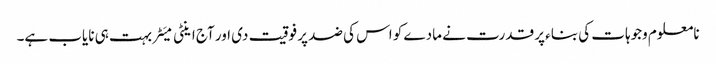
نامعلوم وجوہات کی بناء پر قدرت نے مادے کو اس کی ضد پر فوقیت دی اور آج اینٹی میَٹر بہت ہی نایاب ہے۔